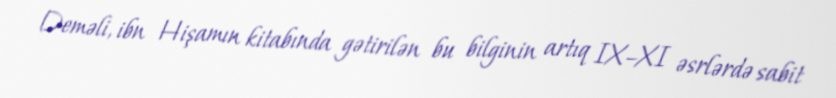
Deməli, ibn Hişamın kitabında gətirilən bu bilginin artıq IX–XI əsrlərdə sabit